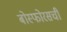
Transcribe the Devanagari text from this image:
बोस्फोरसची